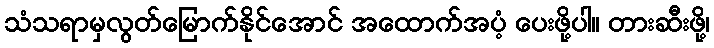
သံသရာမှလွတ်မြောက်နိုင်အောင် အထောက်အပံ့ ပေးဖို့ပါ။ တားဆီးဖို့၊